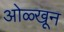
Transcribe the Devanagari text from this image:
ओळ्खून